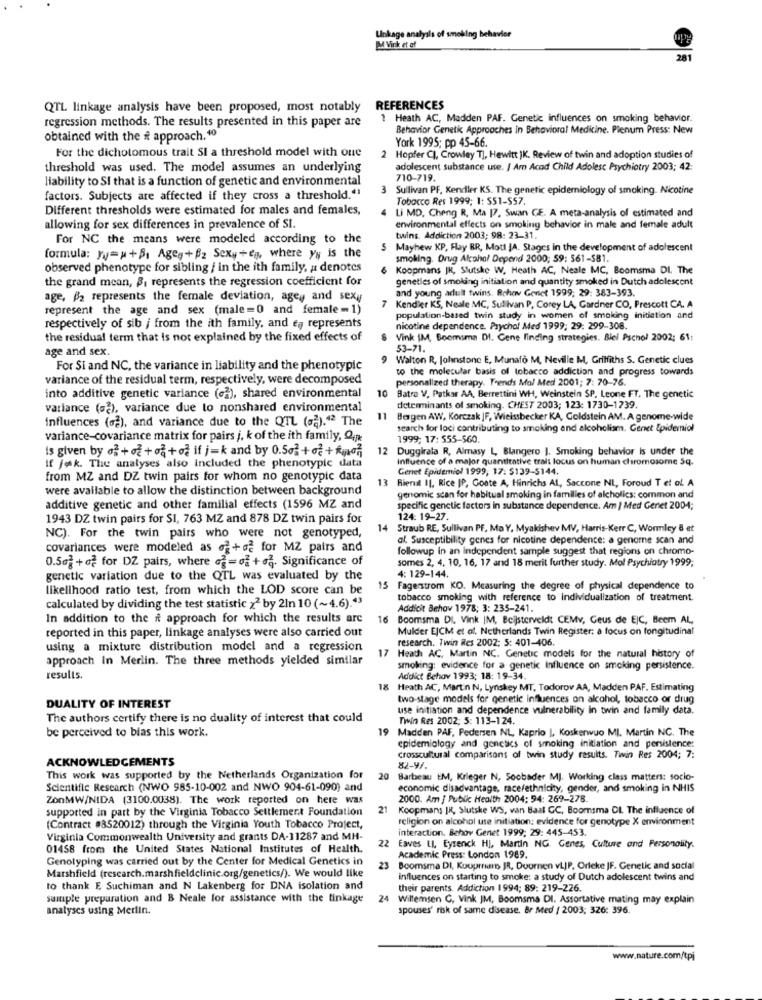
Linkage analysis of smoking behavior
M Virk et of
281
QTL linkage analysis have been proposed, most notably REFERENCES
regression methods. The results presented in this paper are
1 Heath AC, Madden PAF. Genetic influences on smoking behavior.
Behavior Genetic Approaches in Behavioral Medicine. Plenum Press: New
obtained with the it approach. 10
York 1995; pp 45-66.
For the dichotomous trait SI a threshold model with one
Hopfer CI, Crowley T], Hewitt JK. Review of twin and adoption studies of
threshold was used. The model assumes an underlying
adolescent substance use. J Am Acad Child Adolesc Psychiatry 2003; 42:
liability to SI that is a function of genetic and environmental
710-719.
3 Sullivan PF, Kendier KS. The genetic epidemiology of smoking. Nicotine
factors. Subjects are affected if they cross a threshold."
Tobacco Res 1999; 1: 551-557.
Different thresholds were estimated for males and females,
4 Li MD, Cheng R, Ma |7, Swan GE. A meta-analysis of estimated and
allowing for sex differences in prevalence of SI.
environmental effects on smoking behavior in male and female adult
For NC the means were modeled according to the
twins. Addiction 2003; 98: 23-31.
5
Mayhew XP, Flay BR, Mott JA. Stages in the development of adolescent
formula: yy= u+Bi Ageg+ pz Sexy+en, where yy is the
smoking. Drug Alcohol Depend 2000; 59: 561-381.
observed phenotype for sibling / in the ith family, a denotes
6 Koopmans JK, Slutske W. Heath AC, Neale MC, Boomsma DI. The
the grand mean, B, represents the regression coefficient for
genetles of smoking initiation and quantity smoked in Dutch adolescent
and young adult twins. Rehow Genet 1999; 29: 383-393.
age, #2 represents the female deviation, agey and sexy
represent the age and sex (male =0 and female - 1)
7 Kendier KS, Neale MC, Sullivan P, Corey LA, Gardner CO, Prescott CA. A
population-based twin study in women of smoking initiation and
respectively of sib j from the ith family, and es represents
nicotine dependence. Psychol Med 1999; 29: 299-308.
the residual term that is not explained by the fixed effects of
8 Vink IM, Boomsma DI. Gene finding strategies. Biel Pschol 2002; 61:
age and sex.
53-71.
9 Walton R, Johnstone E, Munafò M, Neville M, Griffiths S. Genetic clues
For Si and NC, the variance in liability and the phenotypic
to the molecular basis of tobacco addiction and progress towards
variance of the residual term, respectively, were decomposed
personalized therapy. Trends Mol Med 2001; 7: 70-76.
10
into additive genetic variance (2), shared environmental
Batra V. Patkar AA, Berrettini WH, Weinstein SP. Leone FT. The genetic
variance (2), variance due to nonshared environmental
determinants of smoking. CHEST 2003; 123: 1730-1739.
influences (aa), and variance due to the QTL (aa).42 The
11
Bergen AW, Korczak |F, Wieissbecker KA, Goldstein AM. A genome-wide
search for loci contributing to smoking and alcoholism. Genet Epidemiol
variance-covariance matrix for pairs j, k of the ith family, Qip
1999; 17: 555-$60
is given by of + of + oa + o if j=k and by 0.502+2+ finoa
12
Duggirala R, Almasy L, Blangero |. Smoking behavior Is under the
influence of a major quantitative tralt locus on human chromosome 5q.
If jak. The analyses also included the phenotypic data
Genet Epidemiol 1999, 17: $139-5144.
from MZ and DZ twin pairs for whom no genotypic data
13
Bienit Il, Rice [P, Goate A, Hinrichs At, Saccone NL, Foroud T et al. A
were available to allow the distinction between background
genomic scan for habitual smoking in families of alcholics: common and
additive genetic and other familial effects (1596 MZ and
specific genetic factors in substance dependence. Am | Med Genet 2004;
1943 DZ twin pairs for SI, 763 MZ and 878 DZ twin pairs for
124: 19-27.
14
Straub RE, Sullivan PF, Ma Y, Myakishev MV, Harris-Kerr C, Wormlcy & et
NC). For the twin pairs who were not genotyped,
al. Susceptibility genes for nicotine dependence: a genome scan and
covariances were modeled as of+o2 for MZ pairs and
followup in an independent sample suggest that regions on chromo-
0.562 +o2 for DZ pairs, where a2=of +o2. Significance of
somes 2, 4, 10, 16, 17 and 18 merit further study. Mol Psychiatry 1999;
genetic variation due to the QTL was evaluated by the
4: 129-144.
likelihood ratio test, from which the LOD score can be
15
Fagerstrom KO. Measuring the degree of physical dependence to
tobacco smoking with reference to individualization of treatment.
calculated by dividing the test statistic z2 by 2In 10 (~4.6)."3
Addicit Behov 1978; 3: 235-241.
In addition to the it approach for which the results are
16 Boomsma DI. Vink IM, Beijsterveldt CEMV, Geus de EjC, Beem AL,
reported in this paper, linkage analyses were also carried out
Mulder EJCM et al. Netherlands Twin Register: a focus on longitudinal
research. Twin Res 2002: 5: 401-406.
using a mixture distribution model and a regression
17
approach In Merlin. The three methods yielded similar
Heath AC, Martin NC. Genetic models for the natural history of
smoking: evidence for a genetic Influence on smoking persistence.
results.
Addict Behov 1993; 18: 19-34.
18
Heath AC, Martin N, Lynskey MT, Todorov AA, Madden PAF. Estimating
two-stage models for genetic influences on alcohol, tobacco or drug
DUALITY OF INTEREST
use initiation and dependence vulnerability in twin and family data.
The authors certify there is no duality of interest that could
Twin Res 2002; 5: 113-124.
be perceived to blas this work.
Madden PAF, Pedersen NL, Kaprio |, Koskerwuo MI, Martin NC. The
epidemiology and genetics of smoking initiation and persistence:
ACKNOWLEDGEMENTS
crosscultural comparisons of twin study results. Twin Res 2004; 7:
82-9/
This work was supported by the Netherlands Organization for
20
Barbeau EM, Krieger N, Soobader MJ. Working class matters: socio-
Scientific Research (NWO 985-10-002 and NWO 904-61-090) and
economic disadvantage, race/ethnicity, gender, and smoking in NHIS
ZonMW/NIDA (3100.0038). The work reported on here was
2000. Am / Public Health 2004; 94: 269-278
supported in part by the Virginia Tobacco Settlement Foundation
21
Koopmans IK, Slutske WS, van Baal CC, Boomsma DL The influence of
religion on alcohol use initiation: evidence for genotype X environment
(Contract #8520012) through the Virginia Youth Tobacco Project,
interaction. Behov Genet 1999; 29: 445-453.
Virginia Commonwealth University and grants DA-11287 and MH-
01458 from the United States National Institutes of Health.
22 Eaves LI, Eysenck HJ, Martin NG. Genes, Culture and Personality.
Genolyping was carried out by the Center for Medical Genetics in
Academic Press: London 1989.
Marshfield (research.marshfieldclinic.org/genetics/). We would like
23
Boomsma DI, Kouprrias JR, Doornen vLJP, Orleke JF. Genetic and social
influences on starting to smoke: a study of Dutch adolescent twins and
to thank E Suchiman and N Lakenberg for DNA isolation and
their parents. Addiction 1994; 89: 219-226.
sample preparation and B Neale for assistance with the tinkage
24
Willemsen G, Vink JM, Boomsma DI. Assortative mating may explain
analyses using Merlin.
spouses' risk of same disease. Br Med / 2003; 326: 396.
www.nature.com/tpi